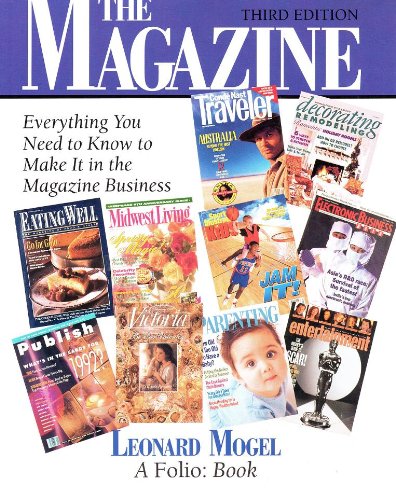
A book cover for The Magazine: Everything You Need to Know to Make It in the Magazine Business; Leonard Mogel; Humor & Entertainment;